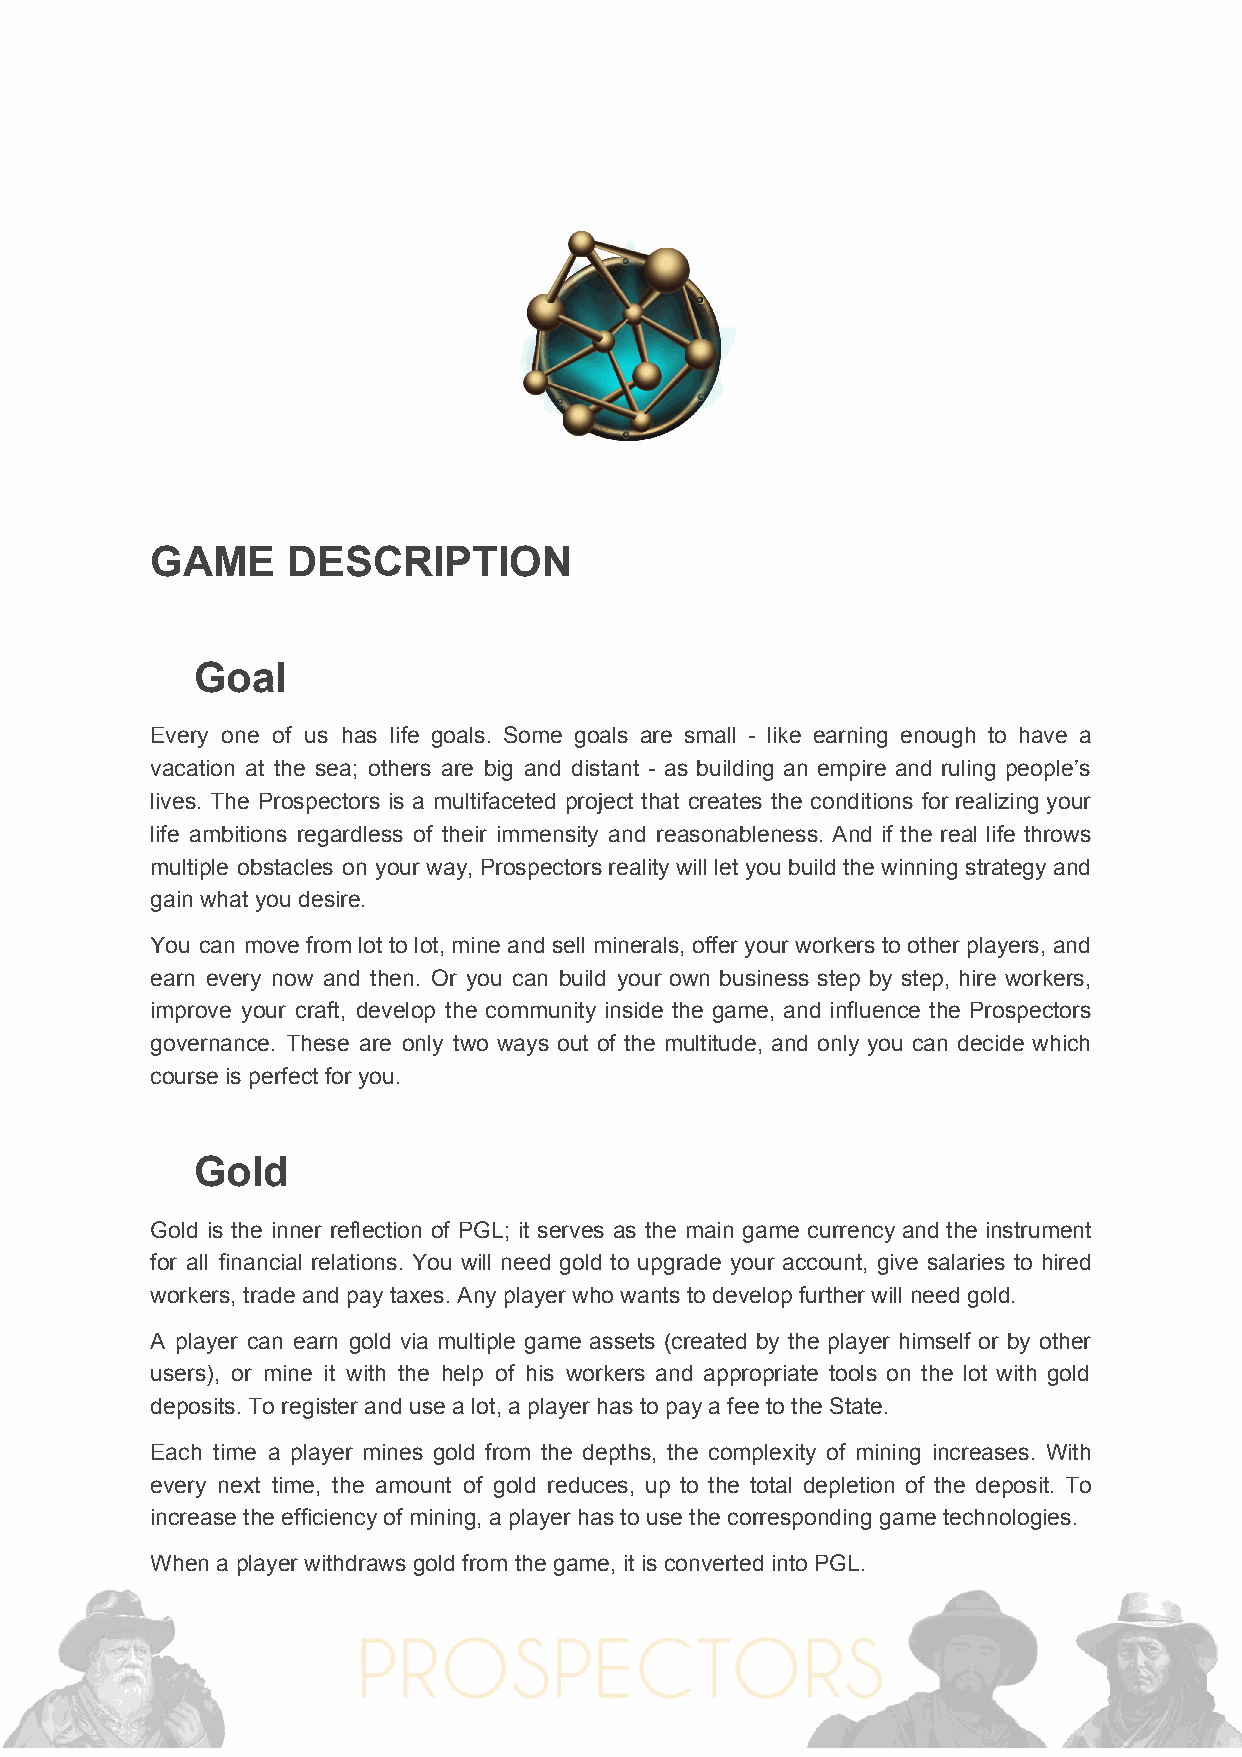
GAME     DESCRIPTION
 Goal
 Every one of us has life goals. Some goals are small - like earning enough to have a
 vacation at the sea; others are big and distant - as building an empire and ruling people’s
 lives. The Prospectors is a multifaceted project that creates the conditions for realizing your
 life ambitions regardless of their immensity and reasonableness. And if the real life throws
 multiple obstacles on your way, Prospectors reality will let you build the winning strategy and
 gain what you desire.
 You can move from lot to lot, mine and sell minerals, offer your workers to other players, and
 earn every now and then. Or you can build your own business step by step, hire workers,
 improve your craft, develop the community inside the game, and influence the Prospectors
 governance. These are only two ways out of the multitude, and only you can decide which
 course is perfect for you.
 Gold
 Gold is the inner reflection of PGL; it serves as the main game currency and the instrument
 for all financial relations. You will need gold to upgrade your account, give salaries to hired
 workers, trade and pay taxes. Any player who wants to develop further will need gold.
 A player can earn gold via multiple game assets (created by the player himself or by other
 users), or mine it with the help of his workers and appropriate tools on the lot with gold
 deposits. To register and use a lot, a player has to pay a fee to the State.
 Each time a player mines gold from the depths, the complexity of mining increases. With
 every next time, the amount of gold reduces, up to the total depletion of the deposit. To
 increase the efficiency of mining, a player has to use the corresponding game technologies.
 When a player withdraws gold from the game, it is converted into PGL.